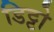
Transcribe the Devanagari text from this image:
डिट्टो